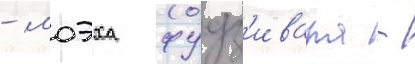
- моэха фудз'ивара -